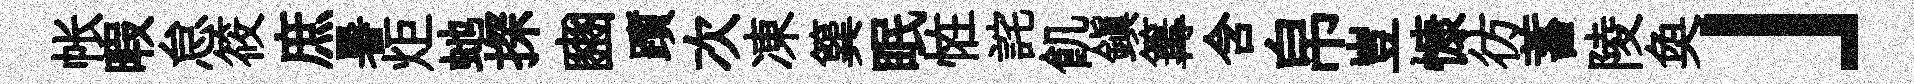
帐暇怠筱庶暑炬虵探豳躓次凍簨眠恠詫飢鎮篝含帛豈慷彷蓄陵奐」